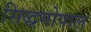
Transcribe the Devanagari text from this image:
सिद्धगोपाल